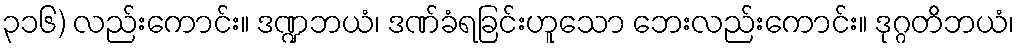
၃၁၆) လည်းကောင်း။ ဒဏ္ဍဘယံ၊ ဒဏ်ခံရခြင်းဟူသော ဘေးလည်းကောင်း။ ဒုဂ္ဂတိဘယံ၊